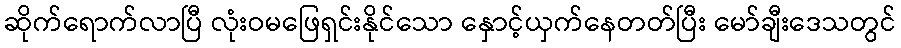
ဆိုက်ရောက်လာပြီ လုံးဝမဖြေရှင်းနိုင်သော နှောင့်ယှက်နေတတ်ပြီး မော်ချီးဒေသတွင်